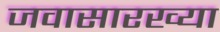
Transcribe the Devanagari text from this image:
जवासारख्या